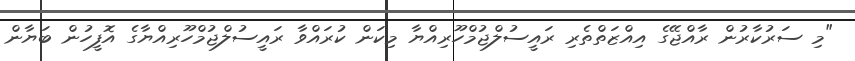
"މި ސަރުކާރުން ރާއްޖޭގެ އިއްޒަތްތެރި ރައީސުލްޖުމްހޫރިއްޔާ މިކަން ކުރައްވާ ރައީސުލްޖުމްހޫރިއްޔާގެ އޮފީހުން ބަޔާން